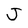
Character: J